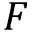
F